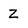
Character: Z